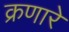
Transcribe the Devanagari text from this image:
क्रणारे